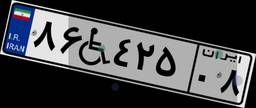
۹۹W۵۸۵۰۶